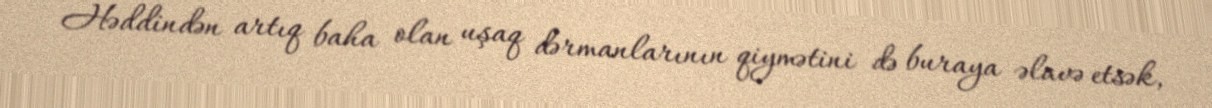
Həddindən artıq baha olan uşaq dərmanlarının qiymətini də buraya əlavə etsək,